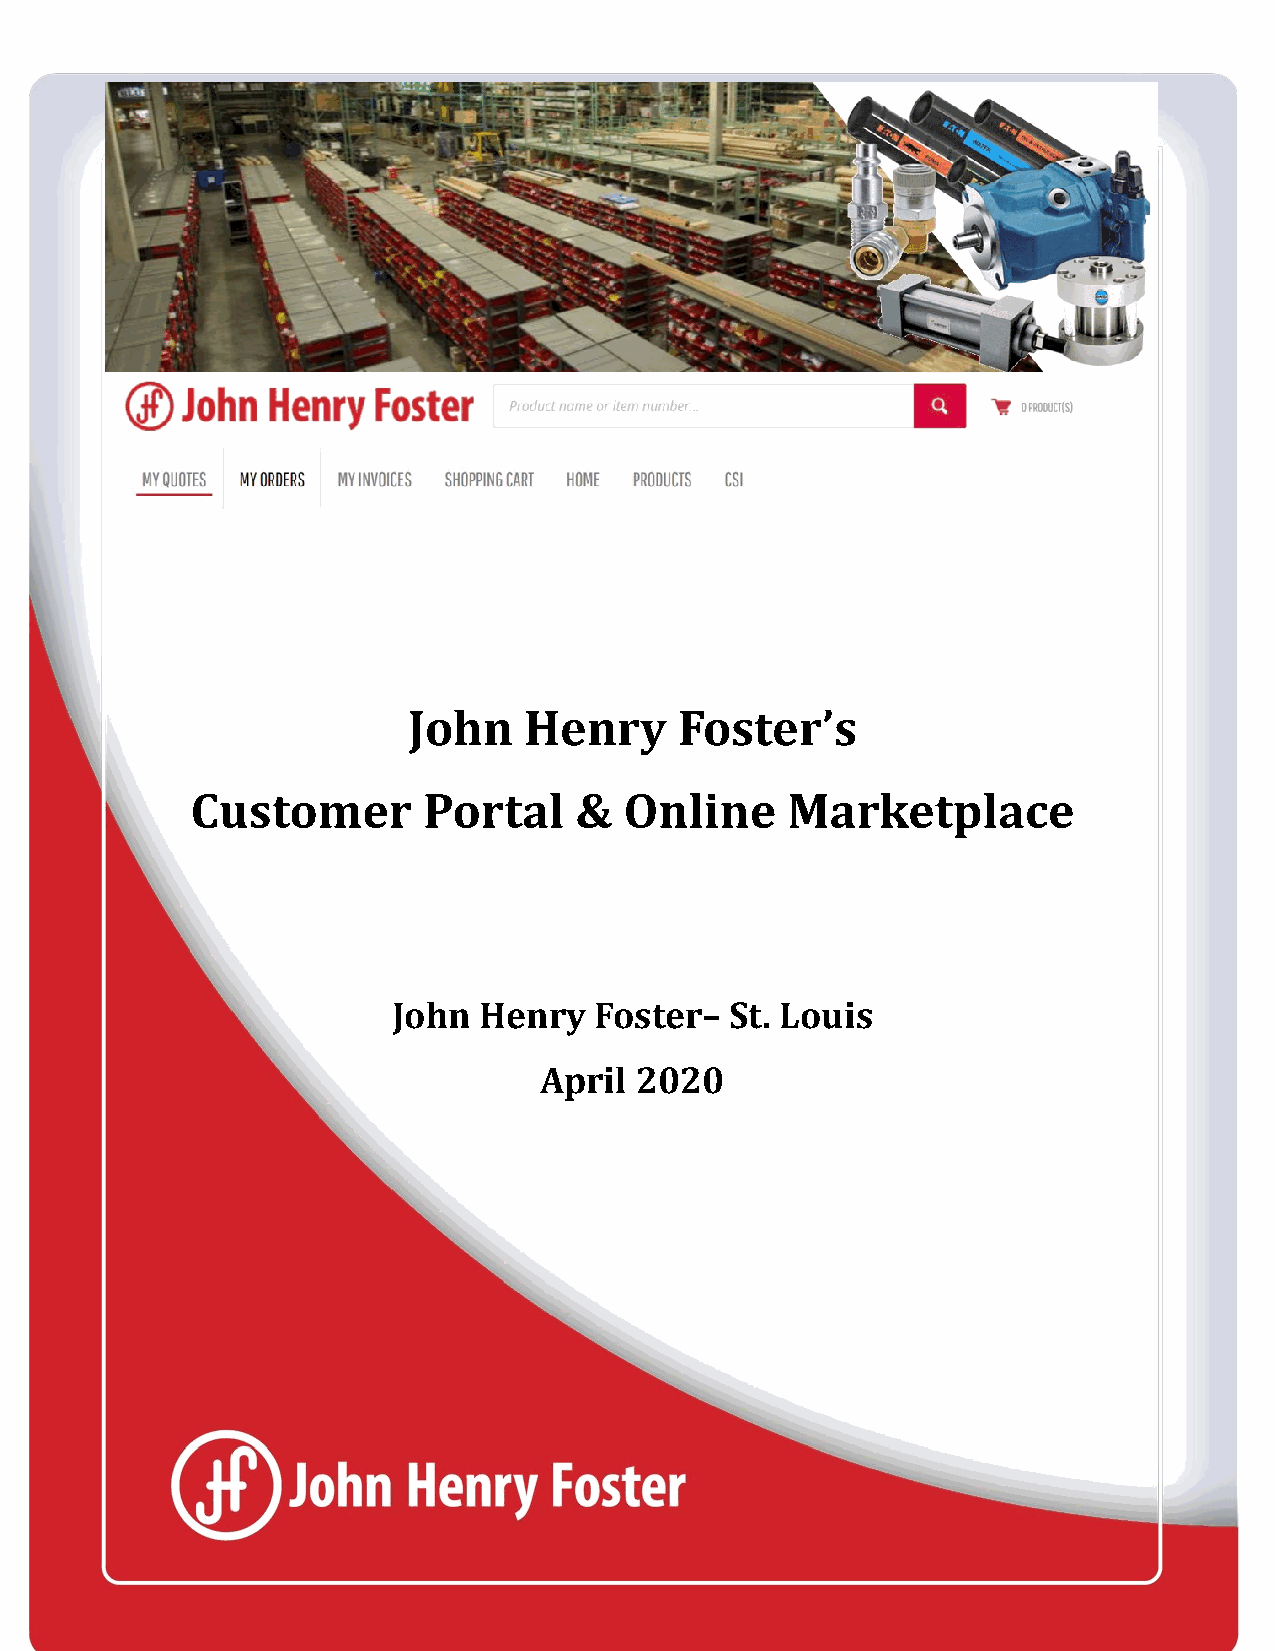
John    Henry     Foster’s
 Customer       Portal    &  Online     Marketplace
 John  Henry  Foster–  St. Louis
 April 2020